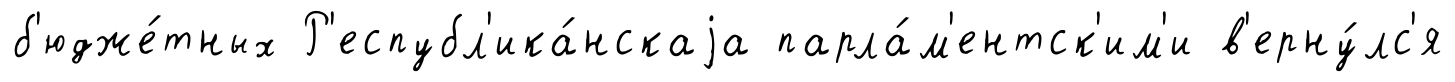
б'юдже́тных Р'еспубл'ика́нскаjа парла́м'ентск'им'и в'ерну́лс'я